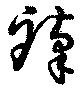
臻